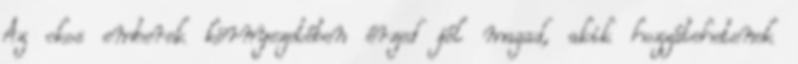
Az okos emberek környezetében érzed jól magad, akik hozzátehetenek